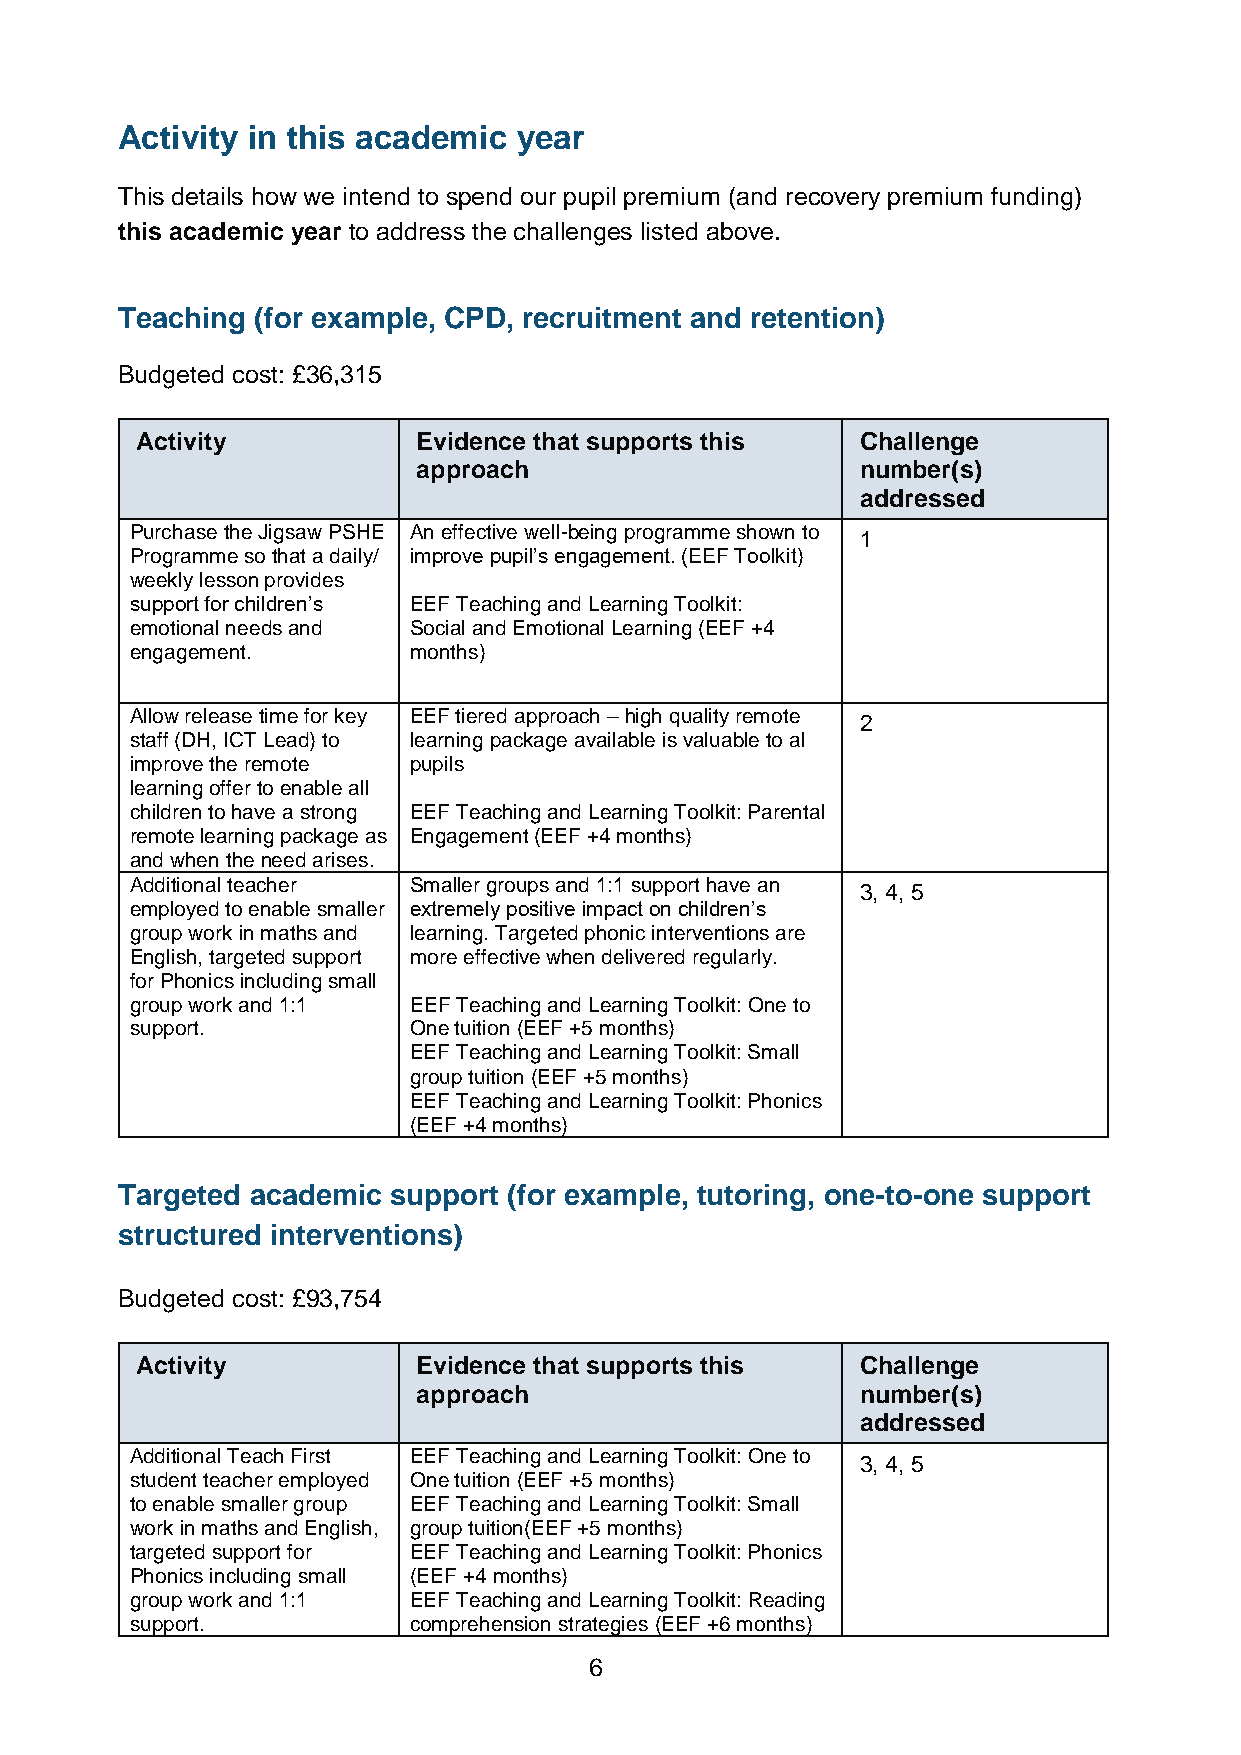
Activity in this academic year
 This details how we intend to spend our pupil premium (and recovery premium funding)
 this academic year to address the challenges listed above.
 Teaching (for example, CPD, recruitment and retention)
 Budgeted cost: £36,315
 Activity           Evidence that supports this  Challenge
 approach                     number(s)
 addressed
 Purchase the Jigsaw PSHE An effective well-being programme shown to
 1
 Programme so that a daily/ improve pupil’s engagement. (EEF Toolkit)
 weekly lesson provides
 support for children’s EEF Teaching and Learning Toolkit:
 emotional needs and Social and Emotional Learning (EEF +4
 engagement.       months)
 Allow release time for key EEF tiered approach – high quality remote
 2
 staff (DH, ICT Lead) to learning package available is valuable to al
 improve the remote pupils
 learning offer to enable all
 children to have a strong EEF Teaching and Learning Toolkit: Parental
 remote learning package as Engagement (EEF +4 months)
 and when the need arises.
 Additional teacher Smaller groups and 1:1 support have an
 3, 4, 5
 employed to enable smaller extremely positive impact on children’s
 group work in maths and learning. Targeted phonic interventions are
 English, targeted support more effective when delivered regularly.
 for Phonics including small
 group work and 1:1 EEF Teaching and Learning Toolkit: One to
 support.          One tuition (EEF +5 months)
 EEF Teaching and Learning Toolkit: Small
 group tuition (EEF +5 months)
 EEF Teaching and Learning Toolkit: Phonics
 (EEF +4 months)
 Targeted academic support (for example, tutoring, one-to-one support
 structured interventions)
 Budgeted cost: £93,754
 Activity           Evidence that supports this  Challenge
 approach                     number(s)
 addressed
 Additional Teach First EEF Teaching and Learning Toolkit: One to
 3, 4, 5
 student teacher employed One tuition (EEF +5 months)
 to enable smaller group EEF Teaching and Learning Toolkit: Small
 work in maths and English, group tuition(EEF +5 months)
 targeted support for EEF Teaching and Learning Toolkit: Phonics
 Phonics including small (EEF +4 months)
 group work and 1:1 EEF Teaching and Learning Toolkit: Reading
 support.          comprehension strategies (EEF +6 months)
 6